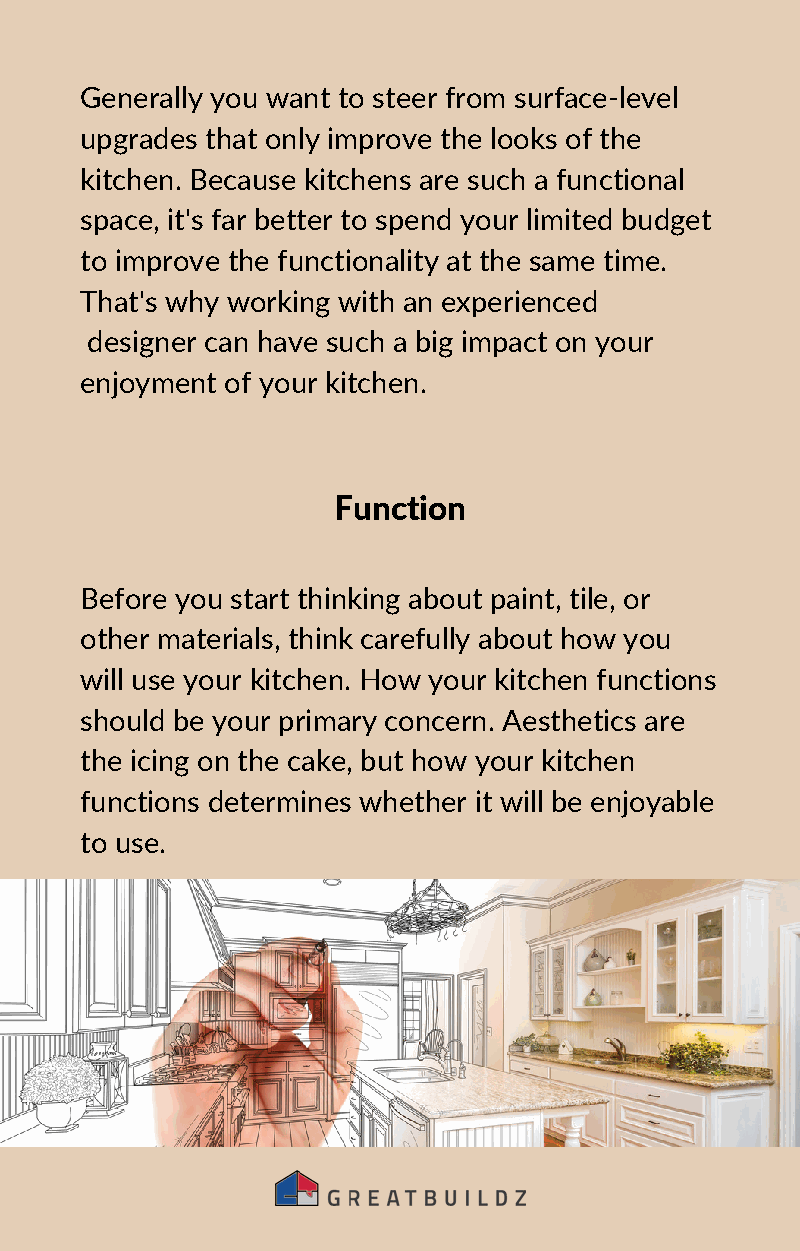
Generally you want to steer from surface-level
 upgrades that only improve the looks of the
 kitchen. Because kitchens are such a functional
 space, it's far better to spend your limited budget
 to improve the functionality at the same time.
 That's why working with an experienced
 designer can have such a big impact on your
 enjoyment of your kitchen.
 Function
 Before you start thinking about paint, tile, or
 other materials, think carefully about how you
 will use your kitchen. How your kitchen functions
 should be your primary concern. Aesthetics are
 the icing on the cake, but how your kitchen
 functions determines whether it will be enjoyable
 to use.